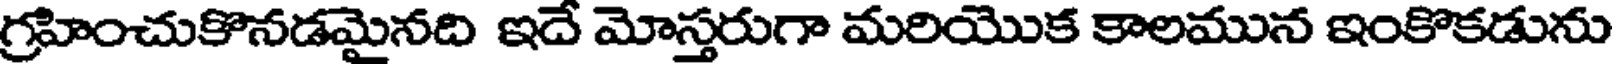
గ్రహించుకొనడమైనది ఇదే మోస్తరుగా మరియొక కాలమున ఇంకొకడును